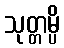
သုတ္တမ္ပိ